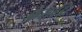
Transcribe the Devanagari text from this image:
फेस़बेंडर